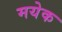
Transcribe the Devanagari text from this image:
मयेक